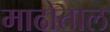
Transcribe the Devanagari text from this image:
माढोताल